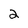
Character: 2